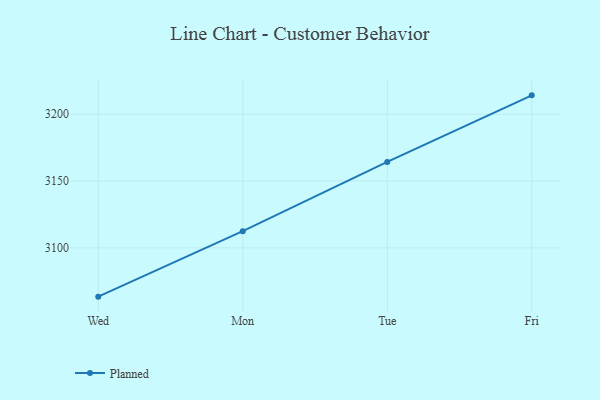
{"axis": {"x": "Day", "y": "Energy Usage (MWh)"}, "legend": ["Planned"], "data": [{"x": "Wed", "y": 3063.5, "type": "Planned"}, {"x": "Mon", "y": 3112.5, "type": "Planned"}, {"x": "Tue", "y": 3164.3, "type": "Planned"}, {"x": "Fri", "y": 3214.1, "type": "Planned"}]}